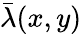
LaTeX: \bar{\lambda}(x,y)